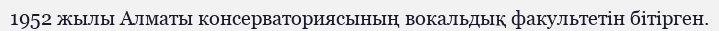
1952 жылы Алматы консерваториясының вокальдық факультетін бітірген.